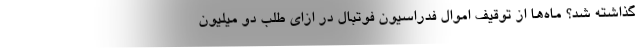
گذاشته شد؟ ماه‌ها از توقیف اموال فدراسیون فوتبال در ازای طلب دو میلیون